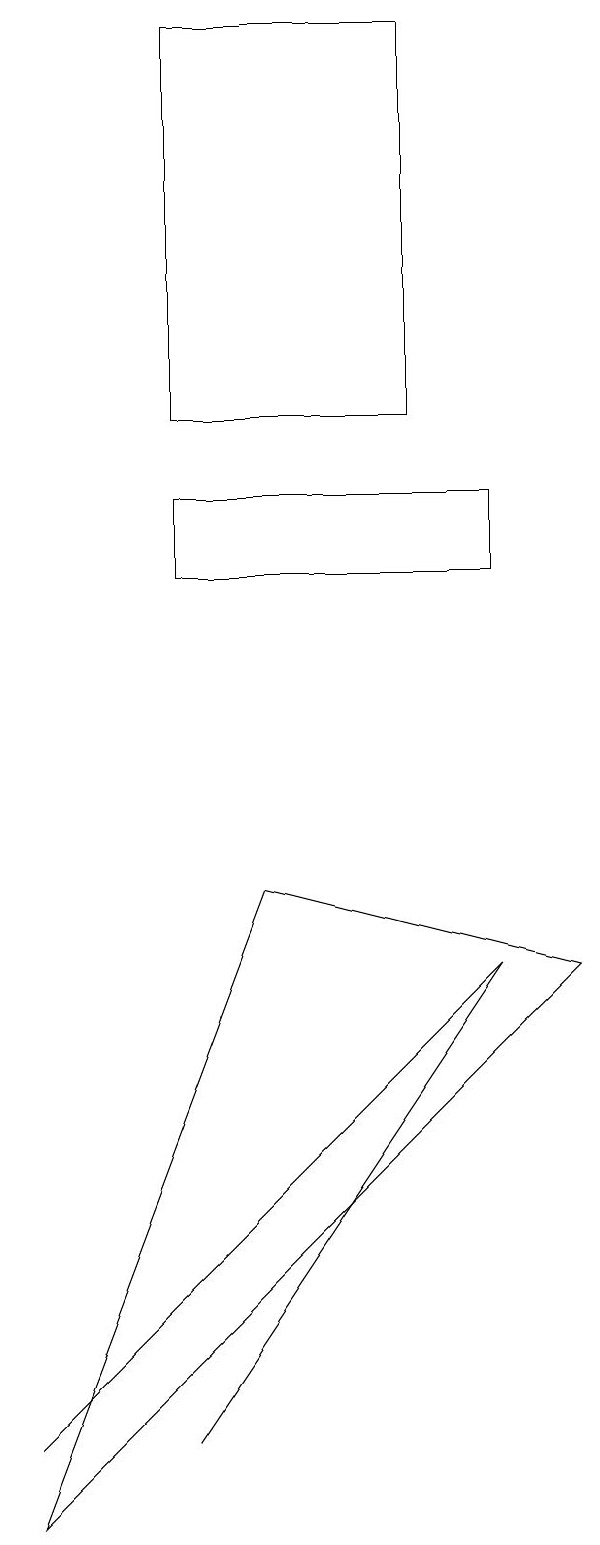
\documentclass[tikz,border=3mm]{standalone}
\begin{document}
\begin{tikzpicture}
\draw (6,7) -- (6,7) -- (2,1) -- cycle;
\draw (3,8) -- (7,7) -- (0,0) -- cycle;
\draw (2,14) rectangle (5,19);
\draw (0,1) -- (6,7) -- (2,3) -- cycle;
\draw (6,12) rectangle (2,13);
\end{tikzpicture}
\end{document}